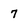
Character: 7